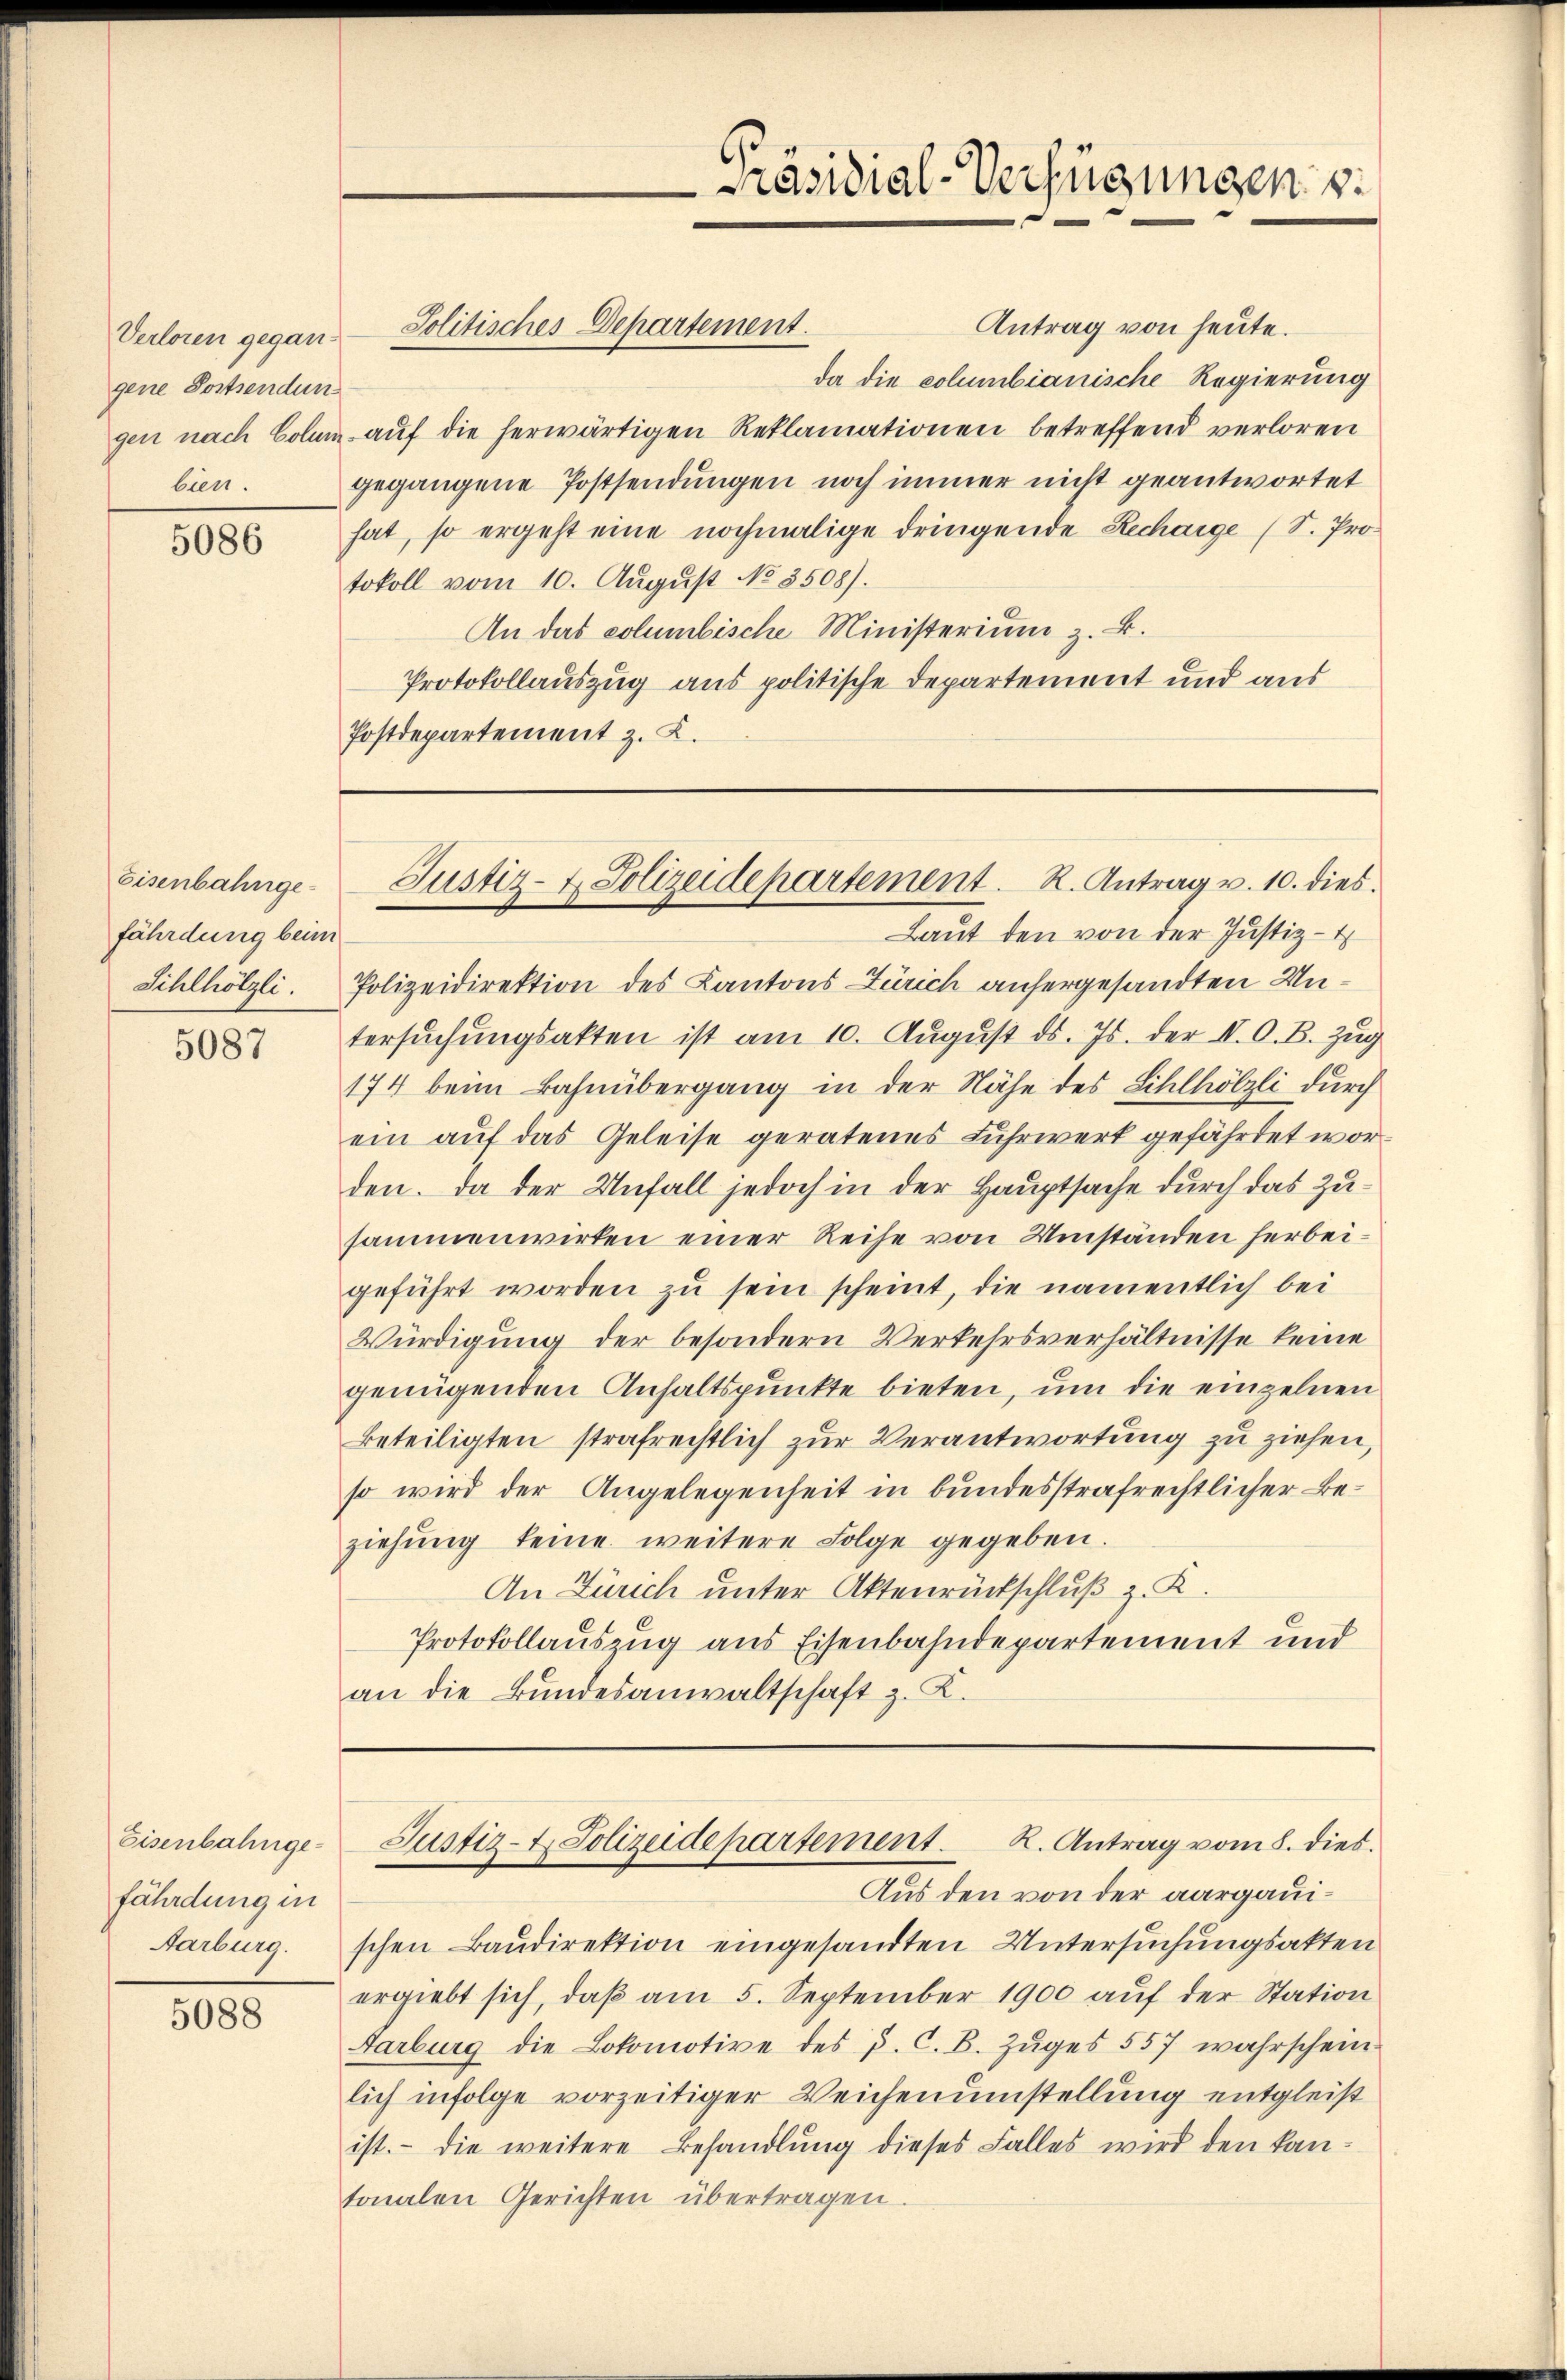
gene Postsendun
bien.

5086

Eisenbahngefährdung beim
Sihlhölzli.

5087

Eisenbahngefährdung in
Aarburg.

5088

Antrag von heute.
Verloren gegan- Politisches Departement.
da die columbianische Regierung
gen nach Colum auf die herwärtigen Reklamationen betreffend verloren
gegangene Postsendungen noch immer nicht geantwortet
hat, so ergeht eine nochmalige dringende Recharge (S. Protokoll vom 10. August No. 3508).
An das columbische Ministerium z. B.
Protokollauszug aus politische Departement und aus
Postdepartement z. K.

Präsidial-Verfügungen

Justiz- & Polizeidepartement. R. Antrag v. 10. dies

Laut den von der Justiz-
Polizeidirektion des Kantons Zürich anhergesandten Untersuchungsakten ist am 10. August ds. Js. der II. O. B. Zug
174 beim Bahnübergang in der Nähe des Sihlhölzli durch
ein auf das Geleise geratenes Fuhrwerk gefährtet worden. Da der Unfall jedoch in der Hauptsache durch das Zusammenwirken einer Reihe von Umständen herbeigeführt worden zu sein scheint, die namentlich bei
Würdigung der besondern Verkehrsverhältnisse keine
genügenden Anhaltspunkte bieten, um die einzelnen
Beteiligten strafrechtlich zur Verantwortung zu ziehen,
so wird der Angelegenheit in bundesstrafrechtlicher Beziehŭng keine weitere Folge gegeben.
An Zürich unter Aktenrückschluß z. K.
Protokollauszug aus Eisenbahndepartement und
an die Bŭndesanwaltschaft z. K.

R. Antrag vom 8. dies.
Justiz- & Polizeidepartement.

Aus den von der aargauischen Baudirektion eingesandten Untersuchungsakten
ergiebt sich, daβ am 5. September 1900 aŭf der Station
Aarburg die Lokomotive des J. C. B. Zŭges 557 wahrschein
lich infolge vorzeitiger Weichenumstellung entgleist
ist. Die weitere Behandlung dieses Falles wird den kan-
tonalen Gerichten übertragen.